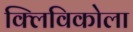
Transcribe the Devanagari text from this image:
क्लिविकोला